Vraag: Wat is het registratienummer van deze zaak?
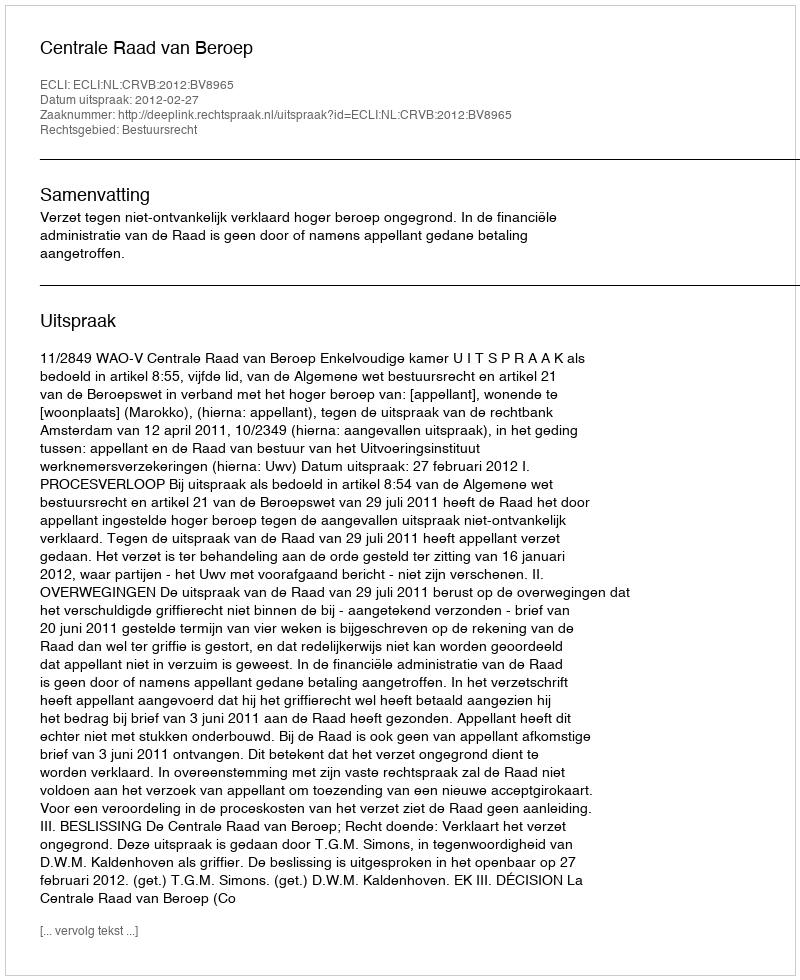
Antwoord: http://deeplink.rechtspraak.nl/uitspraak?id=ECLI:NL:CRVB:2012:BV8965